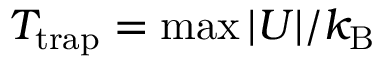
T _ { \mathrm { t r a p } } = \operatorname* { m a x } { | U | } / k _ { \mathrm { B } }